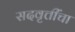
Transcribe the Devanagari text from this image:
सदवृत्तींचा